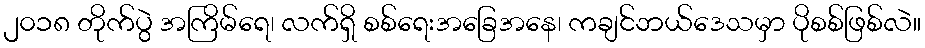
၂၀၁၈ တိုက်ပွဲ အကြိမ်ရေ၊ လက်ရှိ စစ်ရေးအခြေအနေ၊ ကချင်ဘယ်ဒေသမှာ ပိုစစ်ဖြစ်လဲ။